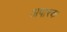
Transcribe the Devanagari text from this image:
अपारक